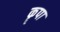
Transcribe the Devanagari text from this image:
कॄपा